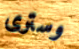
وسترى